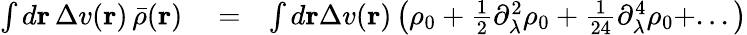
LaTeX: \begin{array}{rlr}{\int d{\mathbf r}\, \Delta v({\mathbf r})\, \bar{\rho}({\mathbf r})}&{{}=}&{\int d{\mathbf r}\Delta v({\mathbf r})\left(\rho_{0}+\frac{1}{2}\partial_{\lambda}^{2}\rho_{0}+\frac{1}{24}\partial_{\lambda}^{4}\rho_{0}+...\right)}\end{array}